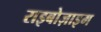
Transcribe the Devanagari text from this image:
राइबोज़ाइम